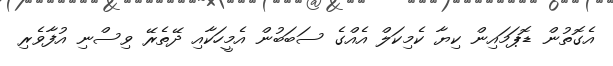
އެގޮތުން ޑޮޕަމައިން ކިޔާ ކެމިކަލް އެއްގެ ސަބަބުން އެމީހަކާއި ދޭތެރޭ ވިސްނި އުފާވެރި